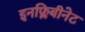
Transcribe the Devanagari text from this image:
इनफ्लिबीनेट